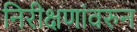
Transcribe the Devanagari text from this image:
निरीक्षणांवरुन